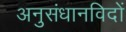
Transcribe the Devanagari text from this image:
अनुसंधानविदों